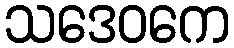
သဒေဝကေ